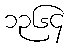
၁၃၆၄